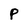
Character: p